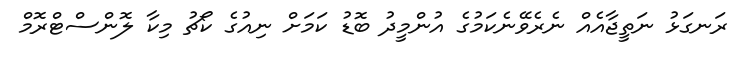
ރަނގަޅު ނަތީޖާއެއް ނެރެވޭނެކަމުގެ އުންމީދު ބޮޑު ކަމަށް ނިއުގެ ކޯޗު މިކާ ލޮންސްޓްރޮމް